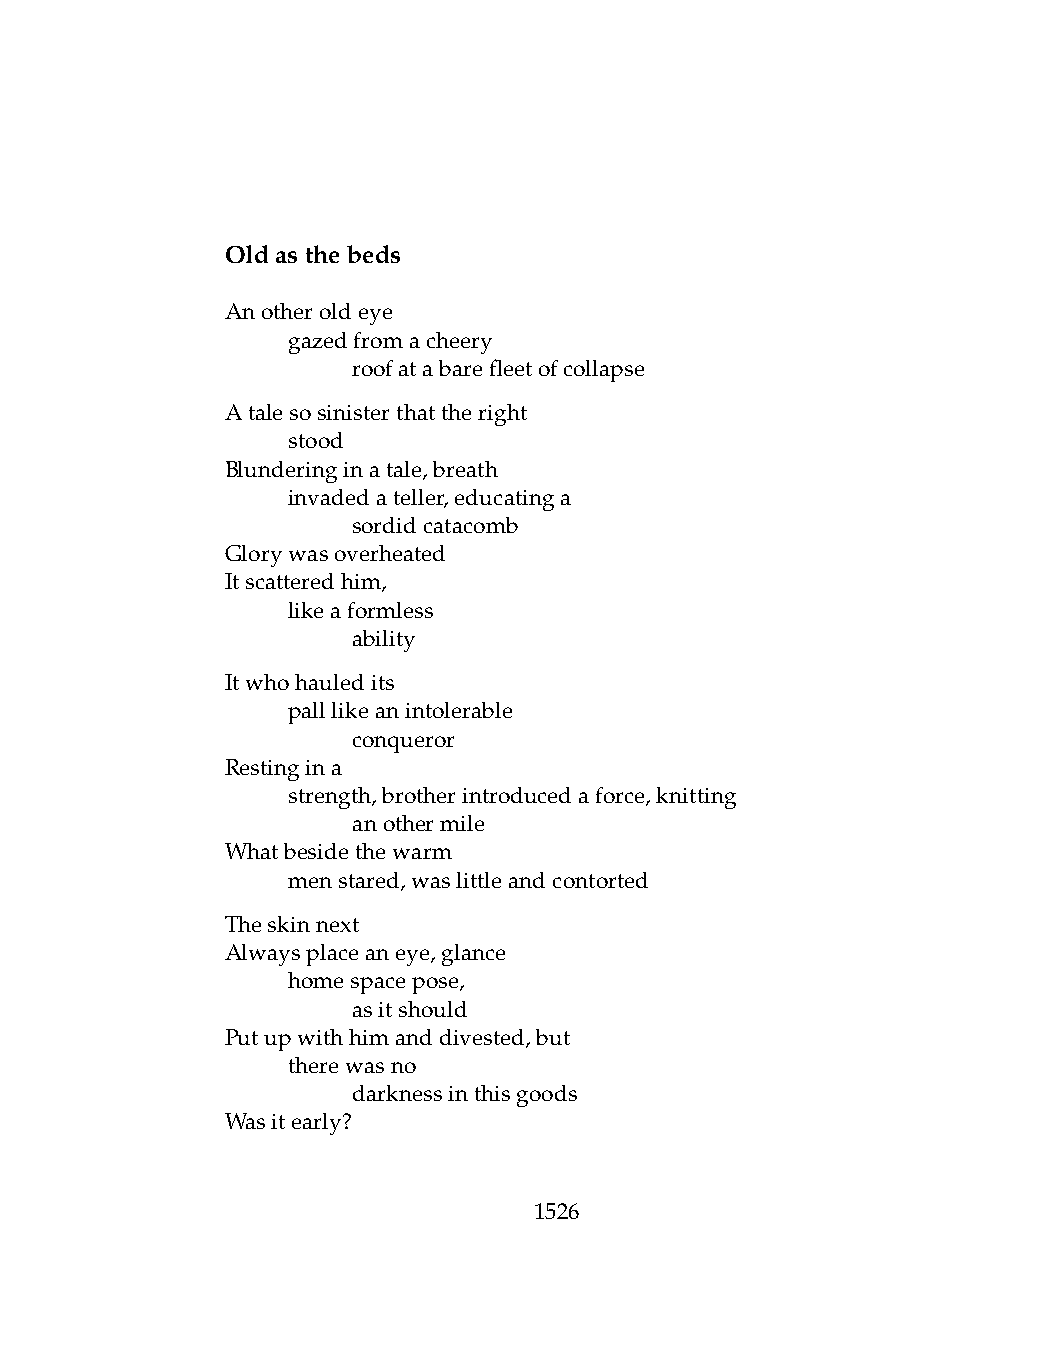
Oldasthebeds
 Anotheroldeye
 .   gazedfromacheery
 .   .   roofatabarefleetofcollapse
 Atalesosinisterthattheright
 .   stood
 Blunderinginatale,breath
 .   invadedateller,educatinga
 .   .   sordidcatacomb
 Glorywasoverheated
 Itscatteredhim,
 .   likeaformless
 .   .   ability
 Itwhohauledits
 .   palllikeanintolerable
 .   .   conqueror
 Restingina
 .   strength,brotherintroducedaforce,knitting
 .   .   anothermile
 Whatbesidethewarm
 .   menstared,waslittleandcontorted
 Theskinnext
 Alwaysplaceaneye,glance
 .   homespacepose,
 .   .   asitshould
 Putupwithhimanddivested,but
 .   therewasno
 .   .   darknessinthisgoods
 Wasitearly?
 1526